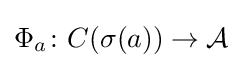
\Phi _{a}\colon C(\sigma (a))\rightarrow {\mathcal {A}}